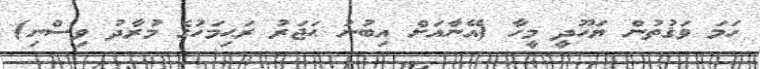
ހަމަ ވަޤުތުން ޔަހޫދީ މީހާ (އޭނާއަށް އިބުނު ޙަޖަރު ރަޙިމަހުގެ މުރާދު ވިސްނި)